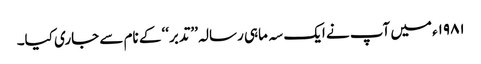
۱۹۸۱ء میں آپ نے ایک سہ ماہی رسالہ ’’تدبر‘‘ کے نام سے جاری کیا۔